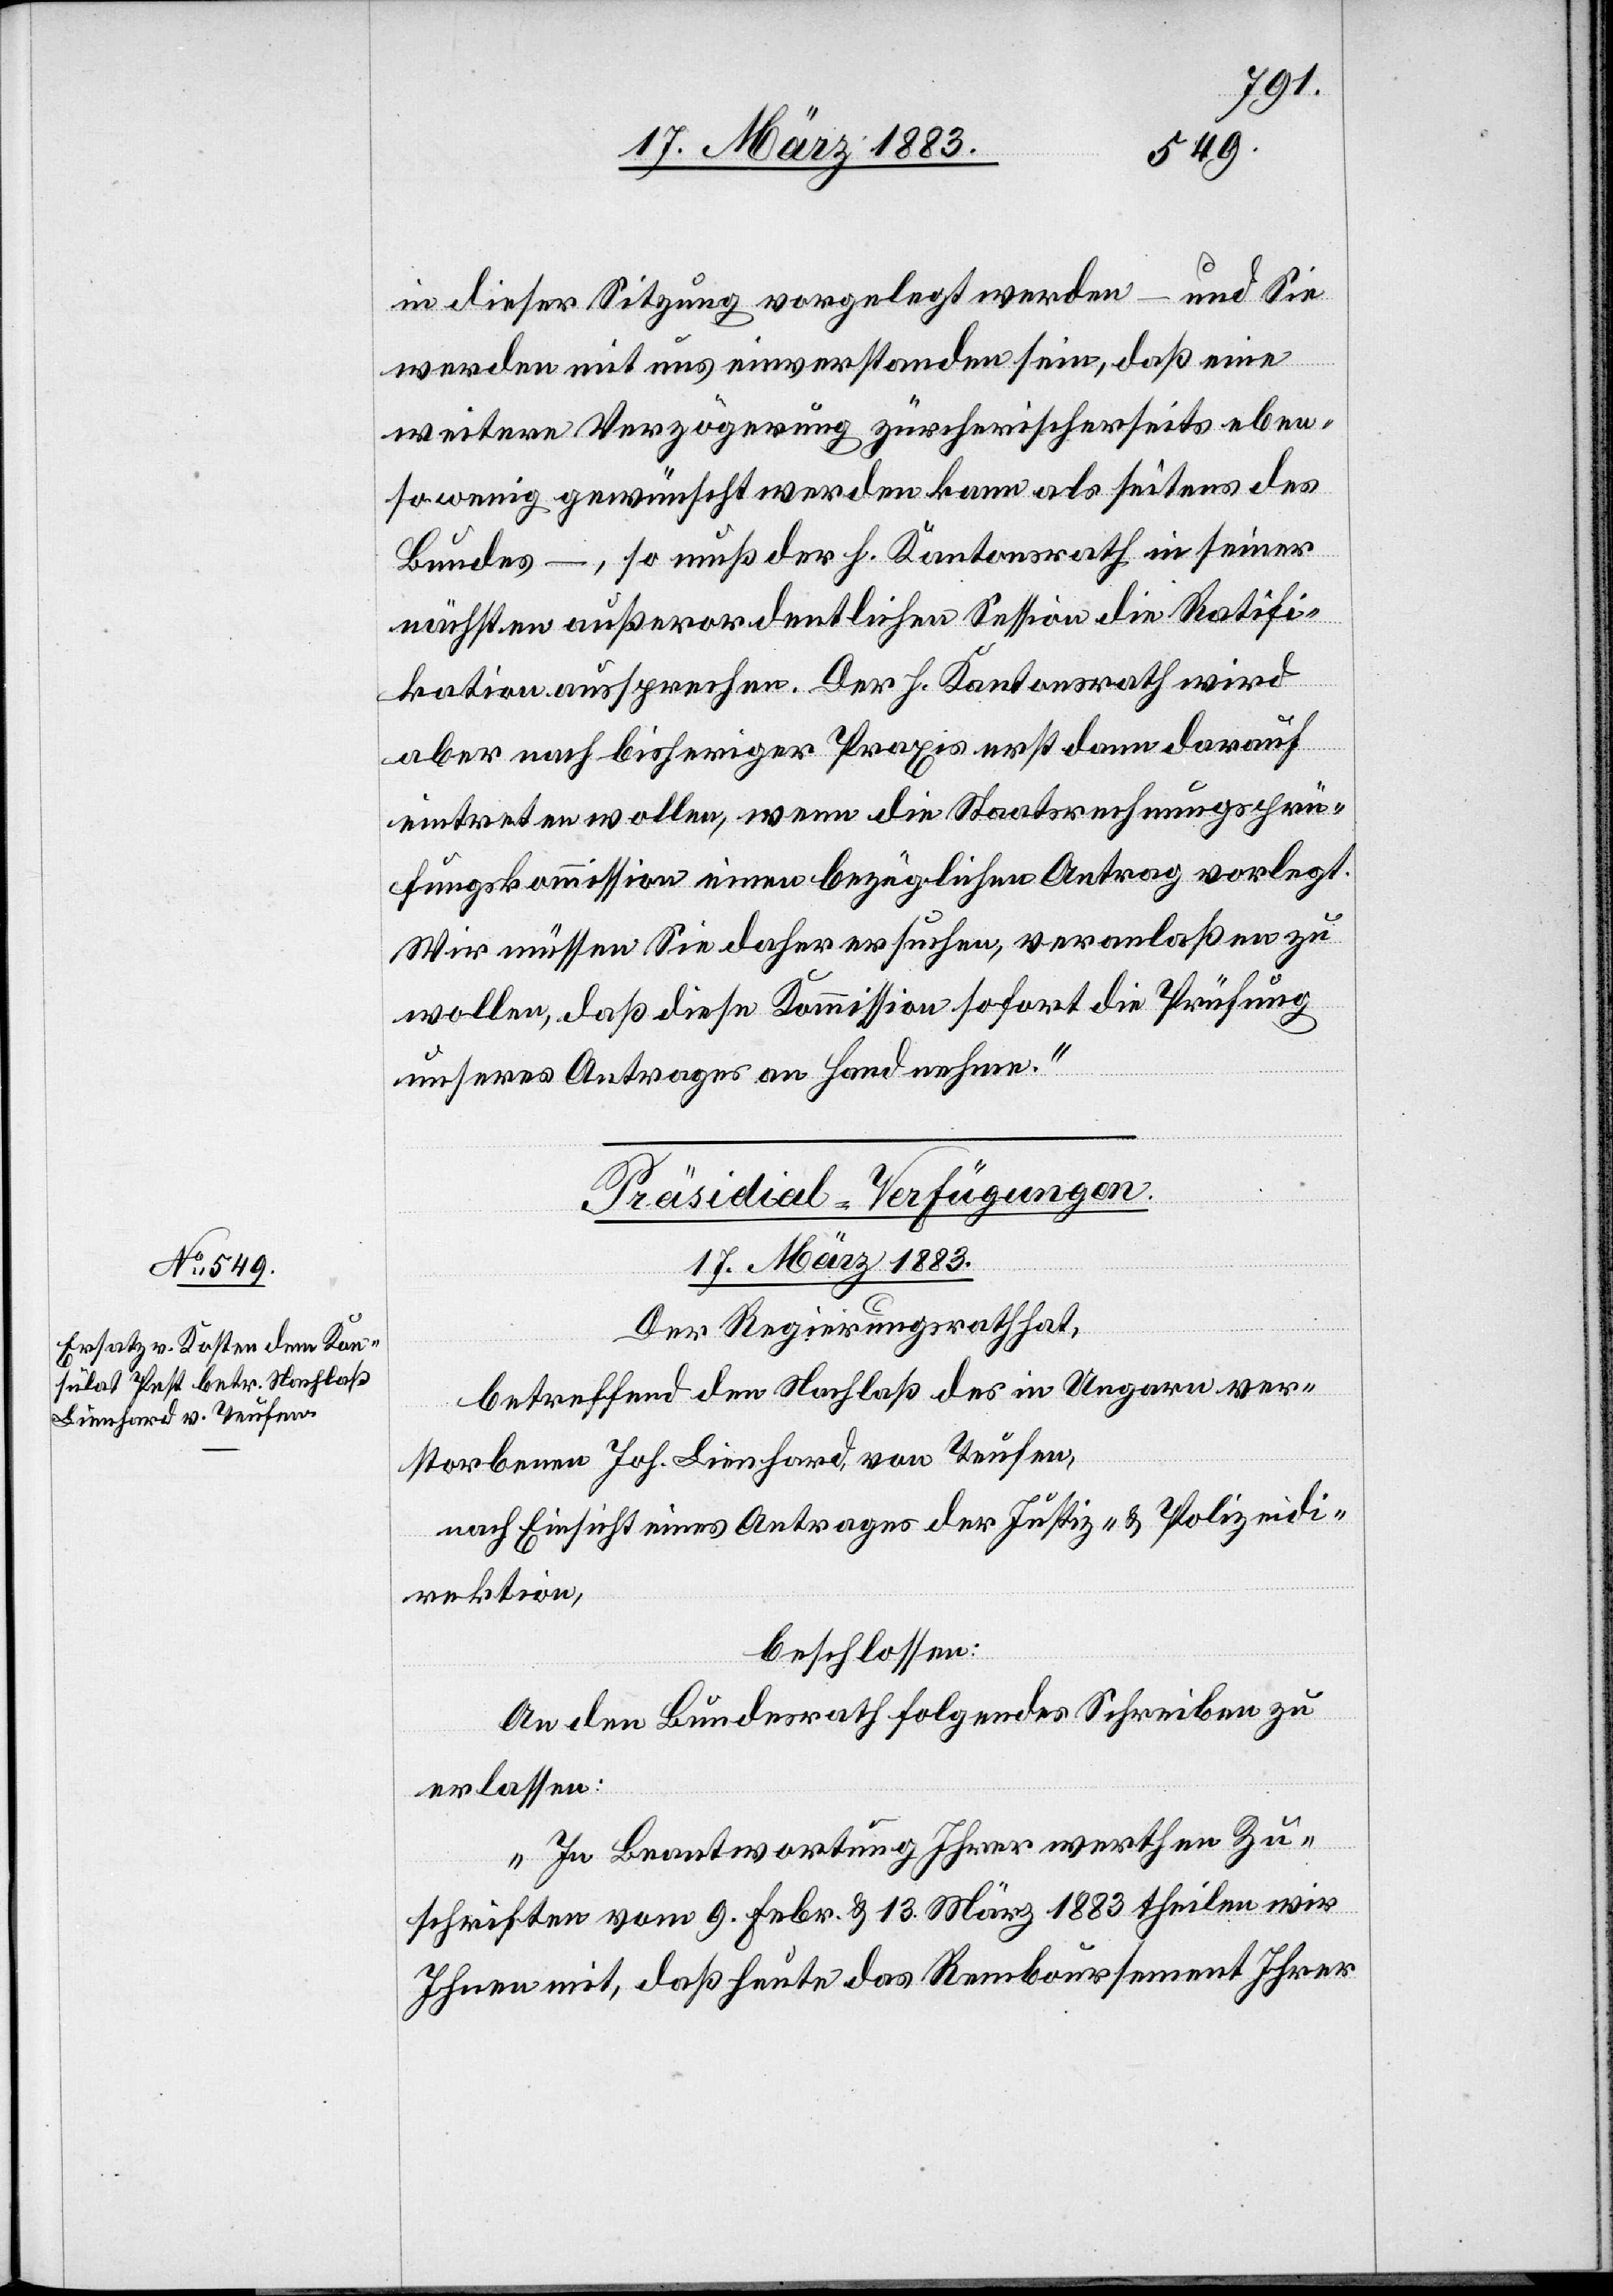
in dieser Sitzung vorgelegt werden – und Sie
werden mit uns einverstanden sein, daß eine
weitere Verzögerung zürcherischerseits eben¬
sowenig gewünscht werden kann als seitens des
Bundes – , so muß der h. Kantonsrath in seiner
nächsten außerordentlich Session die Ratifi¬
kation aussprechen. Der h. Kantonsrath wird
aber nach bisheriger Praxis erst dann darauf
eintreten wollen, wenn die Staatsrechnungsprü¬
fungskommission einen bezüglichen Antrag vorlegt.
Wir müssen Sie daher ersuchen, veranlaßen zu
wollen, daß diese Kommission sofort die Prüfung
unseres Antrages an Hand nehme.“
Präsidial-Verfügungen.
17. März 1883.
Der Regierungsrath hat,
betreffend den Nachlaß des in Ungarn ver¬
storbenen Joh. Lienhard, von Teufen,
nach Einsicht eines Antrages der Justiz- & Polizeidi¬
rektion,
beschlossen:
An den Bundesrath folgendes Schreiben zu
erlassen:
„In Beantwortung Ihrer werthen Zu¬
schriften vom 9. Febr. & 13. März 1883 theilen wir
Ihnen mit, daß heute das Remboursement Ihrer